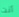
أنت